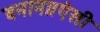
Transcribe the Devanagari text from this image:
बनाना।ऐसी